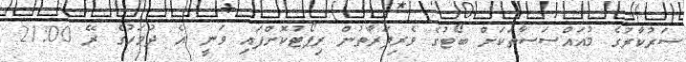
ސަރުކާރުގެ މުއައްސަސާތަކަށް ބޯޓުގެ ވެރިފަރާތުން ރިޕޯޓުކޮށްފައި ވަނީ އެ ދުވަހުގެ ރޭ 21:00